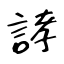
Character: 誟